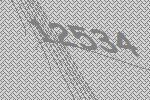
12534